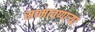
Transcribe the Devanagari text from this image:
सामावणाऱ्या